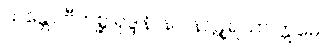
သန္တော ဗီဘစ္ဆ ရုဒ္ဒါနိ၊ နဝ နာဋျရသာ ဣမေ။